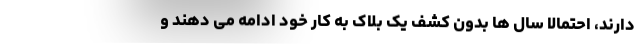
دارند، احتمالا سال ها بدون کشف یک بلاک به کار خود ادامه می دهند و